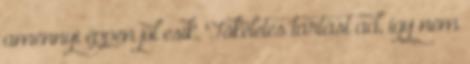
amennyi éppen jól esik. Tökéletes tartást ad, így nem